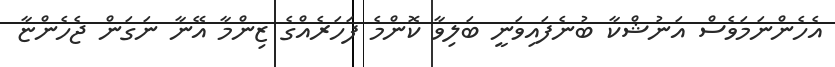
އެހެންނަމަވެސް އަނުޝްކާ ބުނެފައިވަނީ ބަލިވާ ކޮންމެ ފަހަރެއްގެ ޒިންމާ އޭނާ ނަގަން ޖެހެންޏާ